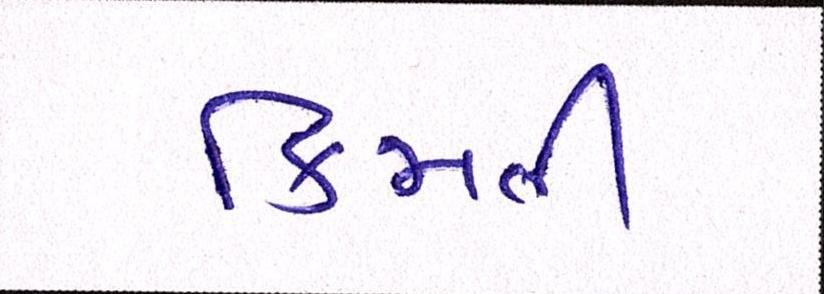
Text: કિમતી